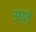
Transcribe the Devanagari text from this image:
उघाडे